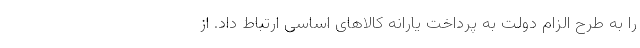
را به طرح الزام دولت به پرداخت یارانه کالاهای اساسی ارتباط داد. از